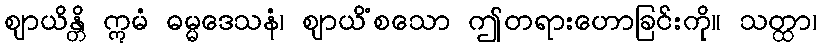
ဈာယိန္တိ ဣမံ ဓမ္မဒေသနံ၊ ဈာယိံစသော ဤတရားဟောခြင်းကို။ သတ္ထာ၊